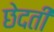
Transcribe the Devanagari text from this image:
छेदती